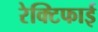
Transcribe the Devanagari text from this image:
रेक्टिफाई